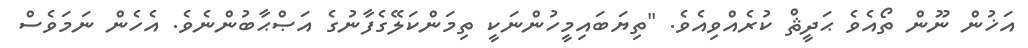
އަޚުން ނޫން ތޯއެވެ ޙަދީޘް ކުރެއްވިއެވެ. "ތިޔަބައިމީހުންނަކީ ތިމަންކަލޭގެފާނުގެ އަޞްޙާބުންނެވެ. އެހެން ނަމަވެސް